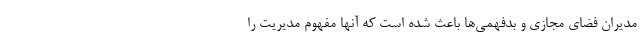
مدیران فضای مجازی و بدفهمی‌ها باعث شده است که آنها مفهوم مدیریت را